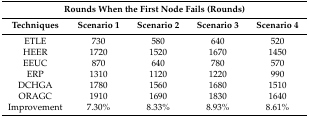
<table><thead><tr><td colspan="5"><b>Rounds When the First Node Fails (Rounds)</b></td></tr><tr><td><b>Techniques</b></td><td><b>Scenario 1</b></td><td><b>Scenario 2</b></td><td><b>Scenario 3</b></td><td><b>Scenario 4</b></td></tr></thead><tbody><tr><td>ETLE</td><td>730</td><td>580</td><td>640</td><td>520</td></tr><tr><td>HEER</td><td>1720</td><td>1520</td><td>1670</td><td>1450</td></tr><tr><td>EEUC</td><td>870</td><td>640</td><td>780</td><td>570</td></tr><tr><td>ERP</td><td>1310</td><td>1120</td><td>1220</td><td>990</td></tr><tr><td>DCHGA</td><td>1780</td><td>1560</td><td>1680</td><td>1510</td></tr><tr><td>ORAGC</td><td>1910</td><td>1690</td><td>1830</td><td>1640</td></tr><tr><td>Improvement</td><td>7.30%</td><td>8.33%</td><td>8.93%</td><td>8.61%</td></tr></tbody></table>